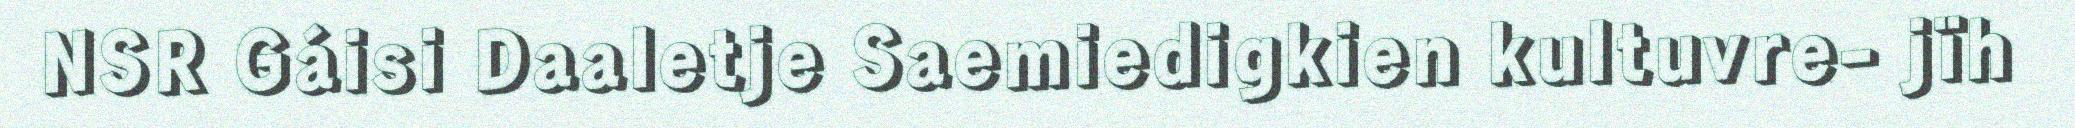
NSR Gáisi Daaletje Saemiedigkien kultuvre- jïh